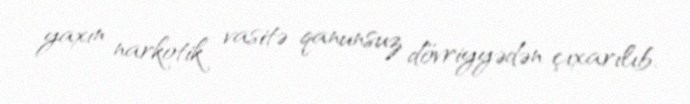
yaxın narkotik vasitə qanunsuz dövriyyədən çıxarılıb.